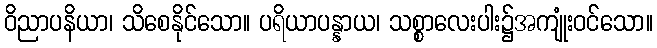
ဝိညာပနိယာ၊ သိစေနိုင်သော။ ပရိယာပန္နာယ၊ သစ္စာလေးပါး၌အကျုံးဝင်သော။